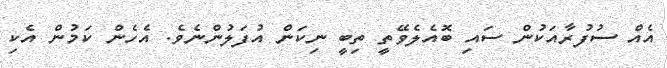
އެއް ސުފުރާއަކުން ސައި ބޮއެލެވޭތީ ތިބީ ނިކަން އުފަލުންނެވެ. އެހެން ކަމުން އެކި